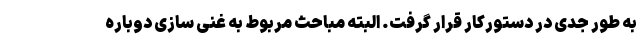
به طور جدی در دستورکار قرار گرفت. البته مباحث مربوط به غنی سازی دوباره